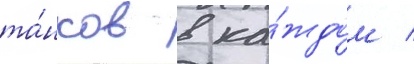
та́нков в ка́ждом /